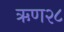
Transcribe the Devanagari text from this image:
ऋण२८